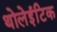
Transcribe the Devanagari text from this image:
थोलेईटिक